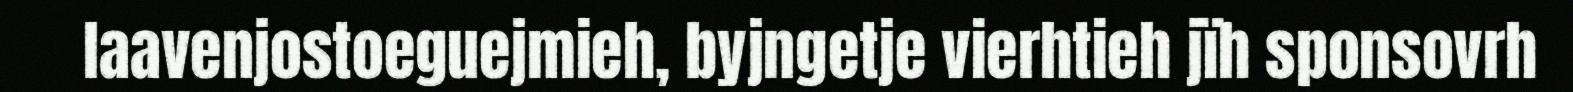
laavenjostoeguejmieh, byjngetje vierhtieh jïh sponsovrh